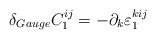
LaTeX: \begin{align*}\delta_{Gauge}C_1^{ij}=-\partial_k\varepsilon_1^{kij}\end{align*}